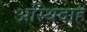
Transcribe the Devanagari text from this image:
अस्थिदाह